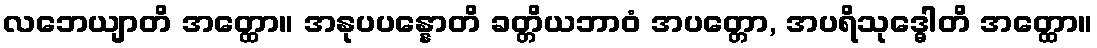
လဘေယျာတိ အတ္ထော။ အနုပပန္နောတိ ခတ္တိယဘာဝံ အပတ္တော, အပရိသုဒ္ဓေါတိ အတ္ထော။